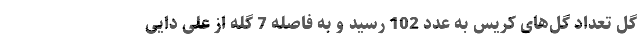
گل تعداد گل‌های کریس به عدد 102 رسید و به فاصله 7 گله از علی دایی